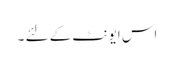
اس ایونٹ کے لئے ۔